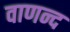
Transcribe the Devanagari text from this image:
वाणन्द